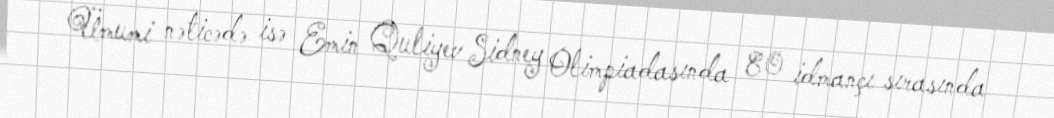
Ümumi nəticədə isə Emin Quliyev Sidney Olimpiadasında 80 idmançı sırasında